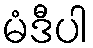
မံဒီပါ